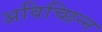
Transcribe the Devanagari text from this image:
अविच्छिन्‍न